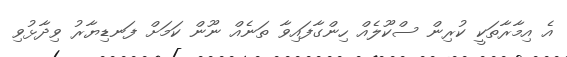
އެ އިމާރާތަކީ ކުރިން ސްކޫލެއް ހިންގާފައިވާ ތަނެއް ނޫން ކަމަށް ފަނޑިޔާރު ވިދާޅުވި